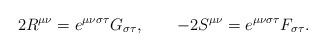
LaTeX: \begin{align*}2R^{\mu\nu}=e^{\mu\nu\sigma\tau}G_{\sigma\tau},\qquad-2S^{\mu\nu}=e^{\mu\nu\sigma\tau}F_{\sigma\tau}. \end{align*}